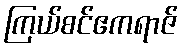
ကြယ်စင်ဧကရာဇ်